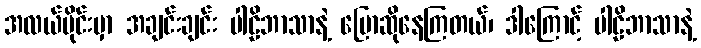
အလယ်ပိုင်းမှာ အချင်းချင်း ပါဠိဘာသာနဲ့ ပြောဆိုနေကြတယ်၊ ဒါကြောင့် ပါဠိဘာသာနဲ့